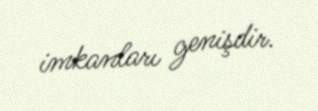
imkanları genişdir.